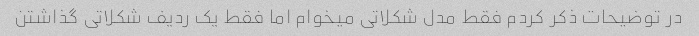
در توضیحات ذکر کردم فقط مدل شکلاتی میخوام اما فقط یک ردیف شکلاتی گذاشتن